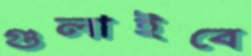
গুলাইবে